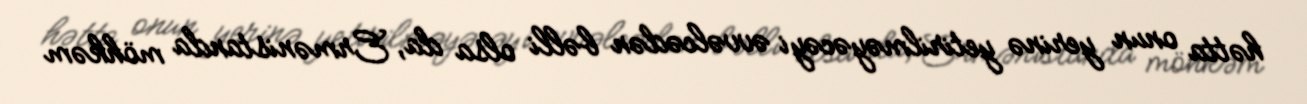
hətta onun yerinə yetirilməyəcəyi əvvəlcədən bəlli olsa da, Ermənistanda möhkəm